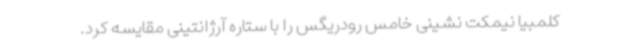
کلمبیا نیمکت نشینی خامس رودریگس را با ستاره آرژانتینی مقایسه کرد.